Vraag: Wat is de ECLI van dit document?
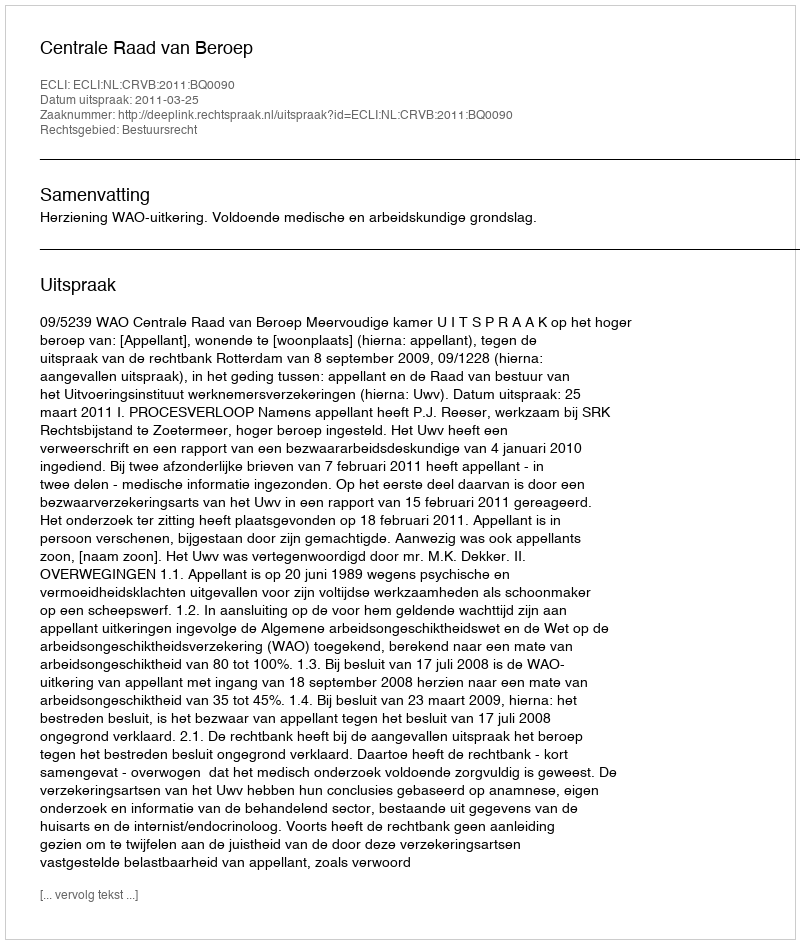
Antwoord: ECLI:NL:CRVB:2011:BQ0090